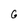
Character: 6